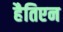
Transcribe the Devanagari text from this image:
हैतिएन